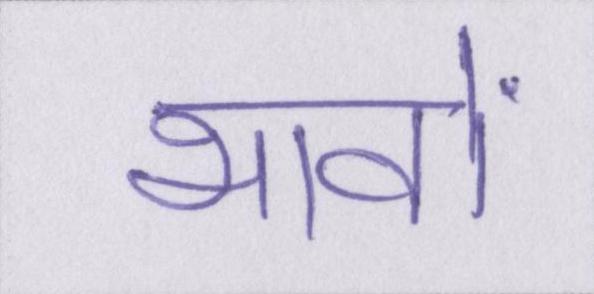
भावों